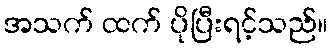
အသက် ထက် ပိုပြီးရင့်သည်။